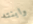
وابنته